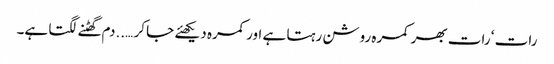
رات ‘ رات بھر کمرہ روشن رہتا ہے اور کمرہ دیکھئے جا کر …..دم گھٹنے لگتا ہے۔